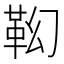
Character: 𩉷